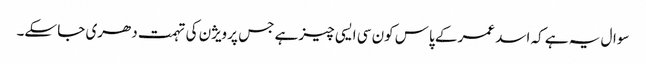
سوال یہ ہے کہ اسد عمر کے پاس کون سی ایسی چیز ہے جس پر ویژن کی تہمت دھری جا سکے۔